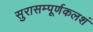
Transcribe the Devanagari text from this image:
सुरासम्पूर्णकलशं